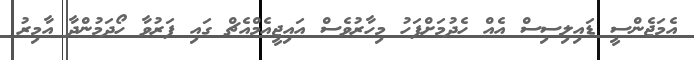
އެމަޖެންސީ ޑައިލިސިސް އެއް ހެދުމަށްފަހު މިހާރުވެސް އައިޖީއެމްއެޗް ގައި ފަރުވާ ހޯދަމުންދާ އާމިރު